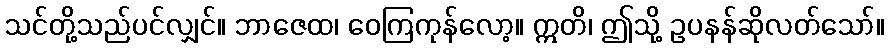
သင်တို့သည်ပင်လျှင်။ ဘာဇေထ၊ ဝေကြကုန်လော့။ ဣတိ၊ ဤသို့ ဥပနန်ဆိုလတ်သော်။